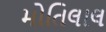
મોતિલાલ